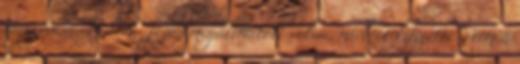
végigvinni. Tudom, Jézus megállhatott volna, mielőtt kifizette értem a